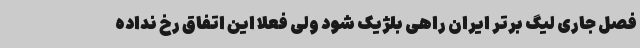
فصل جاری لیگ برتر ایران راهی بلژیک شود ولی فعلا این اتفاق رخ نداده